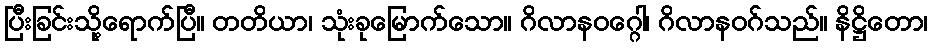
ပြီးခြင်းသို့ရောက်ပြီ။ တတိယာ၊ သုံးခုမြောက်သော။ ဂိလာနဝဂ္ဂေါ၊ ဂိလာနဝဂ်သည်။ နိဋ္ဌိတော၊